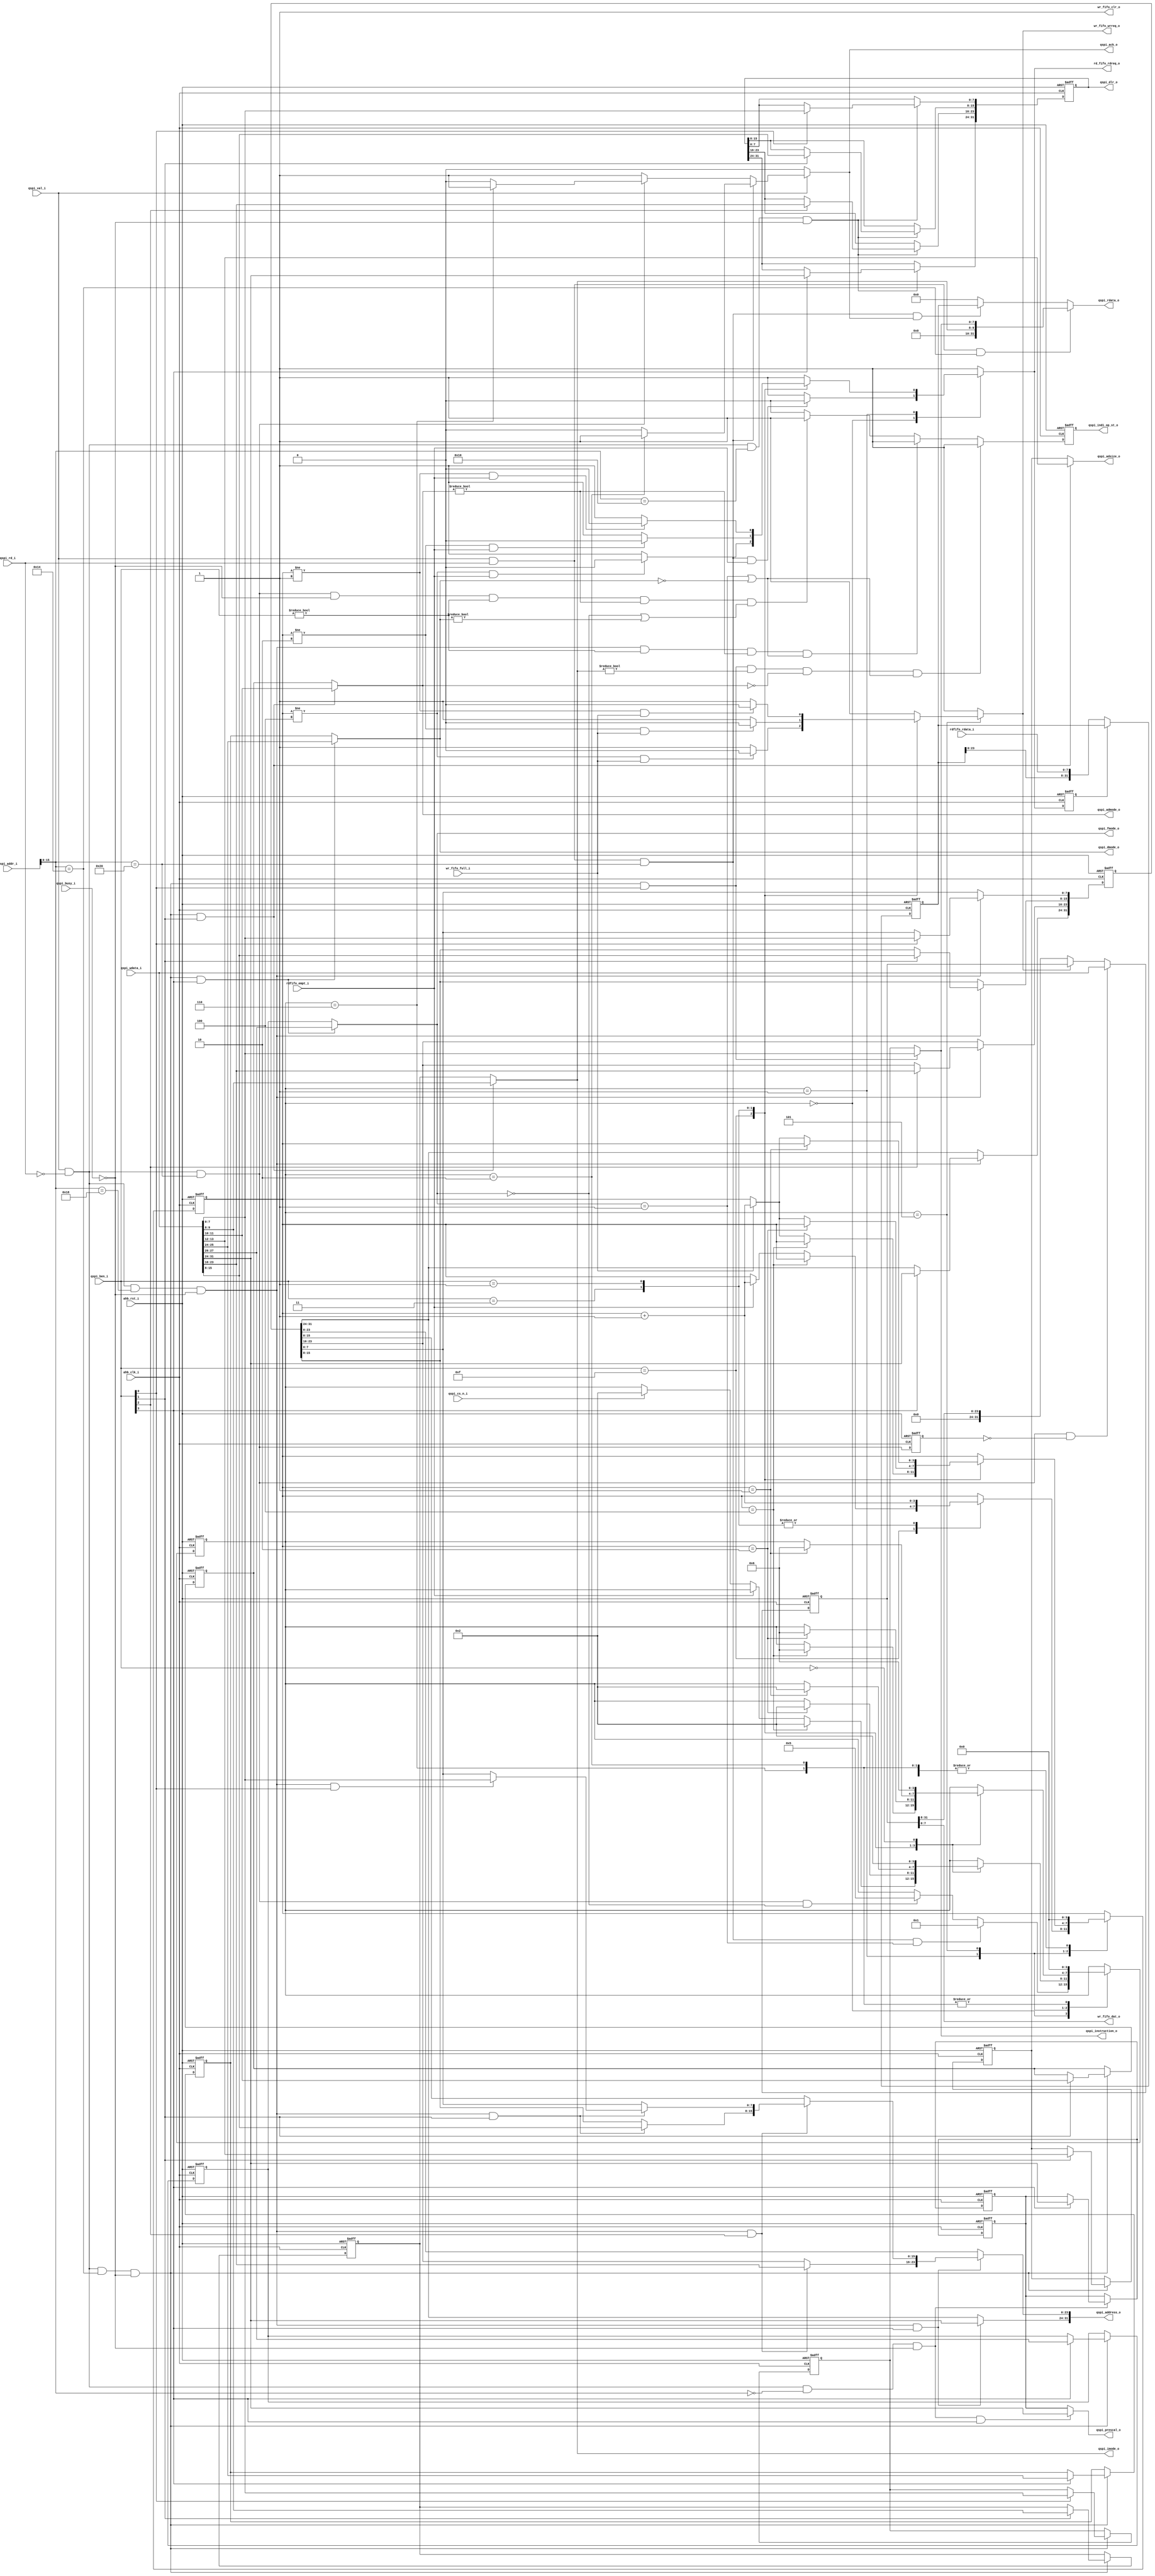
//---------------------------------------------------------------------
//                                          
//     ____     ____     _____    _____    __  __    _____     ____  
//    /\___\   /\___\   /\____\  |\_____\ |\_\|\_\  |\____\   /\___\ 
//   |\/ _ _\ |\/ _  \  \/ ____| ||  ___| ||  \/  | \|_   _| |\/ _ _\
//   || |     || /_\  | \| |__   || |_\   ||      |   || |   || |    
//   || |___  || |__| |  _\__ \  ||  _|_  || |\/| |  _|| |_  || |___ 
//   \| |___\ || | || | |\__\| | || |___\ || |  | | |\_| |_\ \| |___\
//    \\____/ \|_| \|_| \|____/  \|_____| \|_|  |_| \|_____|  \\____/
//
//  COPYRIGHT 2017, ALL RIGHTS RESERVED
//  
//  Filename:   qspi_ctrl_reg
//  Author:          
//  Date:            
//
//  Project:         
//  Descriptions: AHB Interface register for Quad-SPI controller.
//---------------------------------------------------------------------
module qspi_ctrl_reg (
                // AHB Slave Interface
				ahb_rst_i,
                ahb_clk_i,
                qspi_addr_i,
                qspi_val_i,
				qspi_rd_i,
                qspi_ben_i,
                qspi_wdata_i,
                qspi_rdata_o,
				qspi_ack_o,
				
				qspi_busy_i,
				qspi_indi_op_st_o,
				
				// control register
				qspi_prescal_o,
				qspi_dlr_o,
				qspi_fmode_o,
				qspi_dmode_o,
				qspi_adsize_o,
				qspi_admode_o,
				qspi_imode_o,
				qspi_instruction_o,
				qspi_address_o,
				
				// FIFO
				wr_fifo_clr_o,
				wr_fifo_wrreq_o,
				wr_fifo_dat_o,
				wr_fifo_full_i,
				
				rd_fifo_rdreq_o,
                rdfifo_rdata_i,
				rdfifo_empt_i,
				
				qspi_cs_n_i
  );
//--------------------------------
//  Ports
//--------------------------------
input           ahb_rst_i;
input           ahb_clk_i;

input [31:0]    qspi_addr_i;
input           qspi_val_i;
input           qspi_rd_i;
input [3:0]     qspi_ben_i;
input [31:0]    qspi_wdata_i;
output[31:0]    qspi_rdata_o;
output          qspi_ack_o;
input           qspi_busy_i;
output          qspi_indi_op_st_o;

output [7:0]    qspi_prescal_o;
output [31:0]   qspi_dlr_o;
output [1:0]    qspi_fmode_o;
output [1:0]    qspi_dmode_o;
output [1:0]    qspi_adsize_o;
output [1:0]    qspi_admode_o;
output [1:0]    qspi_imode_o;
output [7:0]    qspi_instruction_o;
output [31:0]   qspi_address_o;

output        wr_fifo_clr_o;
output        wr_fifo_wrreq_o;
output [7:0]  wr_fifo_dat_o;
input         wr_fifo_full_i;

output        rd_fifo_rdreq_o;
input [7:0]   rdfifo_rdata_i;
input         rdfifo_empt_i;

input         qspi_cs_n_i;
//--------------------------------
//  Wires and REGs
//--------------------------------
reg            qspi_ack_o;
wire [31:0]    qspi_ccr;
wire           wr_qspi_cr;
wire           wr_qspi_dlr;
wire           wr_qspi_ccr;
wire           wr_qspi_ar;
wire           wr_qspi_dr;

wire           rd_qspi_ccr;
wire           rd_qspi_dr;
reg            qspi_indi_op_st_o;
reg            rd_fifo_rdreq_o;
reg            rd_fifo_rdreq_reg;
reg            wr_fifo_wrreq_o;
reg            wr_qspi_dr_reg;

parameter      IDLE        = 4'h0, 
               RD_DAT      = 4'h1,
               RD_DAT_ACK  = 4'h2,
			   WR_DAT      = 4'h5,
			   WR_DAT_ACK  = 4'h6;

reg [31:0]     qspi_rdata_o;
reg [3:0]      fifo_op_state;
reg [3:0]      fifo_op_cnt;
reg [31:0]     rd_dat_r;
reg [31:0]     wr_dat_r;

reg [7:0]      qspi_prescal_o, qspi_prescal_r;// 0x0000, bit [31:24], clock prescaler
reg [31:0]     qspi_dlr_o; // 0x0010, bit[31:0], data length register
reg [1:0]      qspi_fmode_o, qspi_fmode_r;
                                   // 0x0014, bit[27:26]
                                   // 00: Indirect write mode
                                   // 01: Indirect read mode
                                   // 10: Reserved
                                   // 11: Memory-mapped mode
                                   // be written only when BUSY = 1'b0
reg [1:0]      qspi_dmode_o, qspi_dmode_r;
                                   // 0x0014, bit[25:24]
                                   // 00: No Data
                                   // 01: Data on one line
                                   // 10: Data on two lines
                                   // 11: Data on three lines
                                   // be written only when BUSY = 1'b0
reg [1:0]      qspi_adsize_o, qspi_adsize_r;
                                   // 0x0014, bit[13:12]
                                   // 00: 8-bit address
                                   // 01: 16-bit address
                                   // 10: 24-bit address
                                   // 11: 32-bit address
                                   // be written only when BUSY = 1'b0
reg [1:0]      qspi_admode_o, qspi_admode_r;
                                   // 0x0014, bit[11:10]
                                   // 00: No Address phase
                                   // 01: Address phase on one line
                                   // 10: Address phase on two lines
                                   // 11: Address phase on four lines
                                   // be written only when BUSY = 1'b0
reg [1:0]      qspi_imode_o, qspi_imode_r;  
                                   // 0x0014, bit[9:8]
                                   // 00: No instruction
                                   // 01: Instuction on one line
                                   // 10: Instuction on two lines
                                   // 11: Instuction on four lines
                                   // be written only when BUSY = 1'b0
reg[7:0]       qspi_instruction_o, qspi_instruction_r;
                                   // 0x0014, bit[7:0]
                                   // Store the INSTRUCTION to be send to FLASH
                                   // be written only when BUSY = 1'b0
								   // write to this reg may start a new SPI trans
reg [31:0]     qspi_address_o, qspi_address_r; // 0x0018, bit [31:0], address register

// 0x0020,  data register

assign      wr_qspi_cr  = qspi_val_i && (!qspi_rd_i) && (qspi_addr_i[15:0] == 16'h0000);
assign      wr_qspi_dlr = qspi_val_i && (!qspi_rd_i) && (qspi_addr_i[15:0] == 16'h0010);
assign      wr_qspi_ccr = qspi_val_i && (!qspi_rd_i) && (qspi_addr_i[15:0] == 16'h0014);
assign      wr_qspi_ar  = qspi_val_i && (!qspi_rd_i) && (qspi_addr_i[15:0] == 16'h0018);
assign      wr_qspi_dr  = qspi_val_i && (!qspi_rd_i) && (qspi_addr_i[15:0] == 16'h0020);

assign      rd_qspi_ccr = qspi_val_i && (qspi_rd_i)  && (qspi_addr_i[15:0] == 16'h0014);
assign      rd_qspi_dr  = qspi_val_i && (qspi_rd_i)  && (qspi_addr_i[15:0] == 16'h0020);

always @ (posedge ahb_clk_i or negedge ahb_rst_i) begin
  if(!ahb_rst_i) begin
    qspi_dlr_o    <=  32'h0;
  end
  else begin
    if(wr_qspi_dlr && (!qspi_busy_i)) begin
	  if(qspi_ben_i[3]) begin
	    qspi_dlr_o[31:24] <=  qspi_wdata_i[31:24];
	  end
	  if(qspi_ben_i[2]) begin
	    qspi_dlr_o[23:16] <=  qspi_wdata_i[23:16];
	  end
	  if(qspi_ben_i[1]) begin
	    qspi_dlr_o[15:8] <=  qspi_wdata_i[15:8];
	  end
	  if(qspi_ben_i[0]) begin
	    qspi_dlr_o[7:0] <=  qspi_wdata_i[7:0];
	  end
	end
  end
end

always @ (posedge ahb_clk_i or negedge ahb_rst_i) begin
  if(!ahb_rst_i) begin
    qspi_prescal_r    <=  8'h0;
  end
  else begin
    if(wr_qspi_cr && (!qspi_busy_i)) begin
	  if(qspi_ben_i[3]) begin
	    qspi_prescal_r <=  qspi_wdata_i[31:24];
	  end
	end
  end
end

always @ (posedge ahb_clk_i or negedge ahb_rst_i) begin
  if(!ahb_rst_i) begin
    qspi_prescal_r    <=  8'h0;
  end
  else begin
    if(wr_qspi_cr && (!qspi_busy_i)) begin
	  if(qspi_ben_i[3]) begin
	    qspi_prescal_r <=  qspi_wdata_i[31:24];
	  end
	end
  end
end
			   
always @ (posedge ahb_clk_i or negedge ahb_rst_i) begin
  if(!ahb_rst_i) begin
    qspi_fmode_r          <=  2'h0;
    qspi_dmode_r          <=  2'h0;
	qspi_adsize_r         <=  2'h0;
    qspi_admode_r         <=  2'h0;
    qspi_imode_r          <=  2'h0;
    qspi_instruction_r    <=  8'h0;
  end
  else begin
    if(wr_qspi_ccr && (!qspi_busy_i)) begin
	  if(qspi_ben_i[3]) begin
	    qspi_fmode_r       <=   qspi_wdata_i[27:26];
	    qspi_dmode_r       <=   qspi_wdata_i[25:24];
	  end
	  if(qspi_ben_i[1]) begin
	    qspi_adsize_r       <=  qspi_wdata_i[13:12];
	    qspi_admode_r       <=  qspi_wdata_i[11:10];
	    qspi_imode_r        <=  qspi_wdata_i[9:8];
	  end
	  if(qspi_ben_i[0]) begin
	    qspi_instruction_r  <=  qspi_wdata_i[7:0];
	  end
	end
  end
end

always @ (posedge ahb_clk_i or negedge ahb_rst_i) begin
  if(!ahb_rst_i) begin
	qspi_address_r        <=  32'h0;
  end
  else begin
    if(wr_qspi_ar && (!qspi_busy_i)) begin
	  if(qspi_ben_i[3]) begin
	    qspi_address_r[31:24]   <=  qspi_wdata_i[31:24];
	  end
	  if(qspi_ben_i[2]) begin
	    qspi_address_r[23:16]   <=  qspi_wdata_i[23:16];
	  end
	  if(qspi_ben_i[1]) begin
	    qspi_address_r[15:8]   <=  qspi_wdata_i[15:8];
	  end
	  if(qspi_ben_i[0]) begin
	    qspi_address_r[7:0]   <=  qspi_wdata_i[7:0];
	  end
	end
  end
end

always@(*) begin

  if(wr_qspi_ar && (!qspi_busy_i) && qspi_ben_i[0])
    qspi_address_o[7:0]  = qspi_wdata_i[7:0];
  else
    qspi_address_o  = qspi_address_r;
	
  if(wr_qspi_ar && (!qspi_busy_i) && qspi_ben_i[1])
    qspi_address_o[15:8]  = qspi_wdata_i[15:8];
  else
    qspi_address_o  = qspi_address_r;
  
  if(wr_qspi_ar && (!qspi_busy_i) && qspi_ben_i[2])
    qspi_address_o[23:16]  = qspi_wdata_i[23:16];
  else
    qspi_address_o  = qspi_address_r;
  
  if(wr_qspi_ar && (!qspi_busy_i) && qspi_ben_i[3])
    qspi_address_o[31:24]  = qspi_wdata_i[31:24];
  else
    qspi_address_o  = qspi_address_r;

  if(wr_qspi_cr && (!qspi_busy_i) && qspi_ben_i[3]) begin
    qspi_prescal_o  = qspi_wdata_i[31:24];
  end
  else begin
    qspi_prescal_o = qspi_prescal_r;
  end

  if(wr_qspi_ccr && (!qspi_busy_i) && qspi_ben_i[3]) begin
    qspi_fmode_o  = qspi_wdata_i[27:26];
	qspi_dmode_o  = qspi_wdata_i[25:24];
  end
  else begin
    qspi_fmode_o  = qspi_fmode_r;
    qspi_dmode_o  = qspi_dmode_r;
  end
  
  if(wr_qspi_ccr && (!qspi_busy_i) && qspi_ben_i[1]) begin
    qspi_adsize_o = qspi_wdata_i[13:12];
    qspi_admode_o = qspi_wdata_i[11:10];
	qspi_imode_o  = qspi_wdata_i[9:8];
  end
  else begin
    qspi_adsize_o = qspi_adsize_r;
    qspi_admode_o = qspi_admode_r;
    qspi_imode_o  = qspi_imode_r;
  end
	
  if(wr_qspi_ccr && (!qspi_busy_i) && qspi_ben_i[0])
    qspi_instruction_o  = qspi_wdata_i[7:0];
  else
    qspi_instruction_o  = qspi_instruction_r;
	
end				


always@(*) begin
  if(rd_qspi_ccr) begin
    qspi_rdata_o = qspi_ccr;
  end
  else if(rd_qspi_dr && qspi_ack_o) begin
    qspi_rdata_o = rd_dat_r;
  end
  else begin
    qspi_rdata_o = 32'h0;
  end
end

assign qspi_ccr  = {22'h0,qspi_imode_o, qspi_instruction_o};

//-----------------------------------------------------
// start a indirect read/write operation
//-----------------------------------------------------
always @ (posedge ahb_clk_i or negedge ahb_rst_i) begin
  if(!ahb_rst_i) begin
    qspi_indi_op_st_o  <= 1'b0;
  end
  else if(wr_qspi_ccr && (!qspi_busy_i) && qspi_ben_i[0] && (qspi_imode_o != 2'b00) &&      // a write to INSTRUCTION
  (qspi_admode_o == 2'b00) && ((qspi_fmode_o == 2'b01) || (qspi_dmode_o == 2'b00))  ) begin // no address & no data
    qspi_indi_op_st_o  <= 1'b1;
  end
  else if(wr_qspi_ar && (!qspi_busy_i) && (qspi_ben_i != 4'h0) && (qspi_admode_o != 2'b00) &&      // a write to ADDRESS
  ((qspi_fmode_o == 2'b01) || (qspi_dmode_o == 2'b00))  ) begin                                    // no data
    qspi_indi_op_st_o  <= 1'b1;
  end
  else if(wr_qspi_dr && (!qspi_busy_i) && (qspi_ben_i != 4'h0) && (qspi_admode_o != 2'b00) &&      // a write to DATA
  ((qspi_fmode_o == 2'b00) || (qspi_dmode_o != 2'b00))  ) begin                                    // need address and data
    qspi_indi_op_st_o  <= 1'b1;
  end
  else begin
    qspi_indi_op_st_o  <= 1'b0;
  end
end

//-----------------------------------------------------
// for RD FIFO
//-----------------------------------------------------

always @ (posedge ahb_clk_i or negedge ahb_rst_i) begin
  if(!ahb_rst_i) begin
    fifo_op_state <= IDLE;
	fifo_op_cnt   <= 4'h0;
  end
  else begin
    case(fifo_op_state)
	IDLE: begin
	  fifo_op_cnt   <= 4'h0;
	  if(rd_qspi_dr && (qspi_fmode_o == 2'b01)) begin
	    fifo_op_state <= RD_DAT;
	  end
	  else if(wr_qspi_dr && (qspi_fmode_o == 2'b00)) begin
	    fifo_op_state <= WR_DAT;
	  end
	end

	RD_DAT: begin
	  case(qspi_ben_i)
	  4'hf: begin
	    if(fifo_op_cnt == 4'h4)
		  fifo_op_state  <= RD_DAT_ACK;
		else if(rdfifo_empt_i) begin
		  fifo_op_cnt  <= fifo_op_cnt + 1'b1;
		end
		else begin
		  if(qspi_cs_n_i) begin
		    fifo_op_state  <= RD_DAT_ACK;
		  end
		end
	  end
	  4'h3: begin
	    fifo_op_cnt  <= fifo_op_cnt + 1'b1;
		if(fifo_op_cnt == 4'h2)
		  fifo_op_state  <= RD_DAT_ACK;
	  end
	  4'h1: begin
	    fifo_op_cnt      <= fifo_op_cnt + 1'b1;
		if(fifo_op_cnt == 4'h1)
		  fifo_op_state  <= RD_DAT_ACK;
	  end
	  4'h0: begin
	    fifo_op_state  <= RD_DAT_ACK;
	  end
	  endcase
	end
	
	RD_DAT_ACK: begin
	  fifo_op_cnt      <= 4'h0;
      fifo_op_state    <= IDLE;
	end
	
	WR_DAT: begin
	  case(qspi_ben_i)
	  4'hf: begin
	    if(fifo_op_cnt == 4'h4)
		  fifo_op_state  <= WR_DAT_ACK;
		else if(wr_fifo_full_i) begin
		  fifo_op_cnt  <= fifo_op_cnt + 1'b1;
		end
      end
	  4'h3: begin
	    if(fifo_op_cnt == 4'h2)
		  fifo_op_state  <= WR_DAT_ACK;
		else if(wr_fifo_full_i) begin
		  fifo_op_cnt  <= fifo_op_cnt + 1'b1;
		end
      end
	  4'h1: begin
	    if(fifo_op_cnt == 4'h1)
		  fifo_op_state  <= WR_DAT_ACK;
		else if(wr_fifo_full_i) begin
		  fifo_op_cnt  <= fifo_op_cnt + 1'b1;
		end
	  end
	  4'h0: begin
	    fifo_op_state  <= WR_DAT_ACK;
	  end
	  endcase
	end
	
	WR_DAT_ACK: begin
	  fifo_op_cnt      <= 4'h0;
      fifo_op_state    <= IDLE;
	end
	
	endcase
  end
end

always@(*) begin
  rd_fifo_rdreq_o  =  1'b1;
  wr_fifo_wrreq_o  =  1'b1;
  case(fifo_op_state)
  IDLE: begin
    if(rd_qspi_dr && rdfifo_empt_i ) begin
	  rd_fifo_rdreq_o  =  1'b0;
	end
	
  end
  
  RD_DAT: begin
    case(qspi_ben_i)
	4'hf: begin
	  if((fifo_op_cnt != 4'h4) && rdfifo_empt_i) begin
	    rd_fifo_rdreq_o  =  1'b0;
	  end
	end
	4'h3: begin
	  if((fifo_op_cnt != 4'h2) && rdfifo_empt_i) begin
	    rd_fifo_rdreq_o  =  1'b0;
	  end
  	end
	4'h1: begin
	  if((fifo_op_cnt != 4'h1) && rdfifo_empt_i) begin
	    rd_fifo_rdreq_o  =  1'b0;
	  end
	end
	endcase
  end
  
  WR_DAT: begin
    case(qspi_ben_i)
	4'hf: begin
	  if((fifo_op_cnt != 4'h4) && wr_fifo_full_i) begin
	    wr_fifo_wrreq_o  =  1'b0;
	  end
	end
	4'h3: begin
	  if((fifo_op_cnt != 4'h2) && wr_fifo_full_i) begin
	    wr_fifo_wrreq_o  =  1'b0;
	  end
  	end
	4'h1: begin
	  if((fifo_op_cnt != 4'h1) && wr_fifo_full_i) begin
	    wr_fifo_wrreq_o  =  1'b0;
	  end
	end
	endcase
  end
  
  endcase
end

always @ (posedge ahb_clk_i or negedge ahb_rst_i) begin
  if(!ahb_rst_i) begin
    rd_fifo_rdreq_reg  <= 1'b1;
	rd_dat_r           <= 32'h0;
	wr_dat_r           <= 32'h0;
	wr_qspi_dr_reg     <= 1'b0;
  end
  else begin
    rd_fifo_rdreq_reg  <= rd_fifo_rdreq_o;
	wr_qspi_dr_reg     <= wr_qspi_dr;
	if(!rd_fifo_rdreq_reg) begin
	  rd_dat_r         <= {rd_dat_r[23:0], rdfifo_rdata_i};
	end
	if(wr_qspi_dr && (!wr_qspi_dr_reg))
	  wr_dat_r         <= qspi_wdata_i;
	else if(!wr_fifo_wrreq_o)
	  wr_dat_r         <= {8'h00, wr_dat_r[31:8]};
  end
end
assign   wr_fifo_dat_o = wr_dat_r[7:0];
//-----------------------------------------------------
// for qspi_ack_o
//-----------------------------------------------------
always@(*) begin
	if (!qspi_val_i) begin 
	  qspi_ack_o = 1'b0; 
    end
	else if(rd_qspi_dr)	 begin 
	  if(fifo_op_state == RD_DAT_ACK)
	    qspi_ack_o = 1'b1;  
	  else
	    qspi_ack_o = 1'b0; 
	end
	else if(wr_qspi_dr) begin
	  if(fifo_op_state == WR_DAT_ACK)
	    qspi_ack_o = 1'b1;  
	  else
	    qspi_ack_o = 1'b0; 
	end
	else begin 
	  qspi_ack_o = 1'b1; 
    end
end

assign   wr_fifo_clr_o  =  1'b1;

endmodule